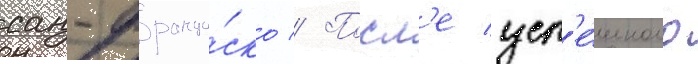
сан-франци́ско // Посл'е усп'е́шного